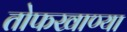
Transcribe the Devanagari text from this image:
तोफखाण्या